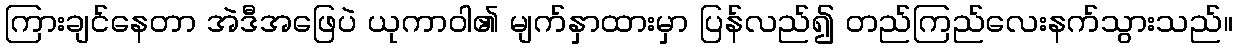
ကြားချင်နေတာ အဲဒီအဖြေပဲ ယုကာဝါ၏ မျက်နှာထားမှာ ပြန်လည်၍ တည်ကြည်လေးနက်သွားသည်။